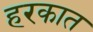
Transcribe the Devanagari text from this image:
हरकात